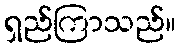
ရှည်ကြာသည်။